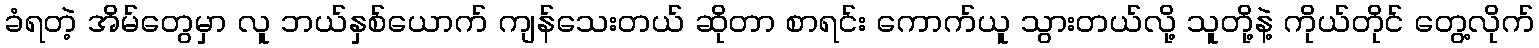
ခံရတဲ့ အိမ်တွေမှာ လူ ဘယ်နှစ်ယောက် ကျန်သေးတယ် ဆိုတာ စာရင်း ကောက်ယူ သွားတယ်လို့ သူတို့နဲ့ ကိုယ်တိုင် တွေ့လိုက်